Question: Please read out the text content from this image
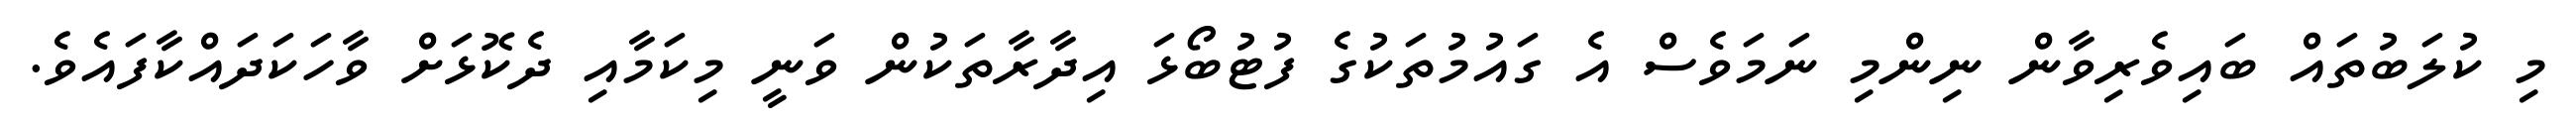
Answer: މި ކުލަބުތައް ބައިވެރިވާން ނިންމި ނަމަވެސް އެ ގައުމުތަކުގެ ފުޓުބޯޅަ އިދާރާތަކުން ވަނީ މިކަމާއި ދެކޮޅަށް ވާހަކަދައްކާފައެވެ.